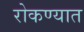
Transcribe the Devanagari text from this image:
रोकण्यात